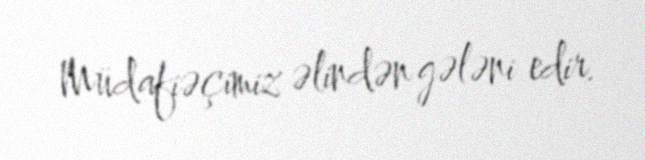
Müdafiəçimiz əlindən gələni edir.